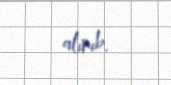
alınıb.